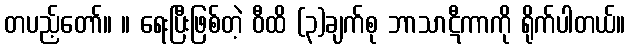
တပည့်တော်။ ။ ရေးပြီးဖြစ်တဲ့ ဝီထိ (၃)ချက်စု ဘာသာဋီကာကို ရိုက်ပါတယ်။